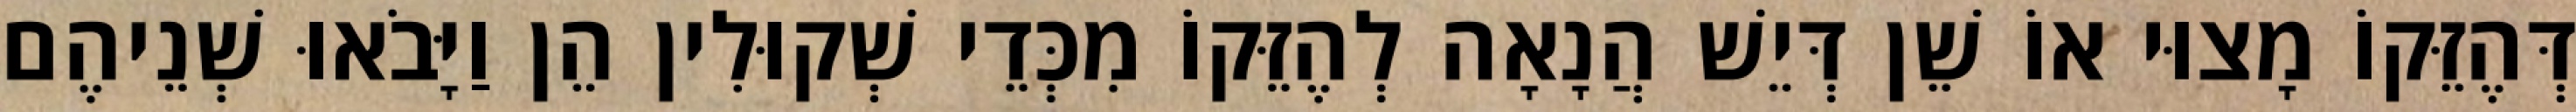
דְּהֶזֵּקוֹ מָצוּי אוֹ שֵׁן דְּיֵשׁ הֲנָאָה לְהֶזֵּקוֹ מִכְּדֵי שְׁקוּלִין הֵן וַיָּבֹאוּ שְׁנֵיהֶם